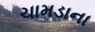
ચામડાના